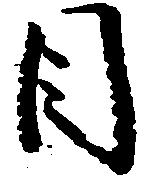
目